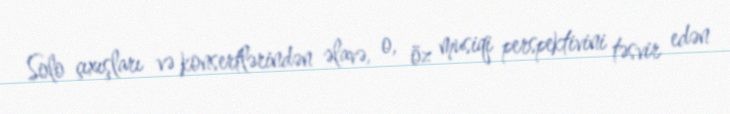
Solo çıxışları və konsertlərindən əlavə, o, öz musiqi perspektivini təsvir edən